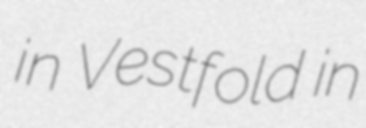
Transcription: in Vestfold in